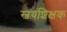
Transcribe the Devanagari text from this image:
स्वयंशिक्षक